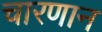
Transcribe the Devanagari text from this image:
चारणान